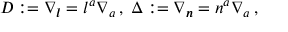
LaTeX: D : = \nabla _ { \boldsymbol { l } } = l ^ { a } \nabla _ { a } \, , \; \Delta : = \nabla _ { \boldsymbol { n } } = n ^ { a } \nabla _ { a } \, ,